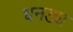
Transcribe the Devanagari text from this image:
धनड्य